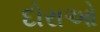
દોરાઓ